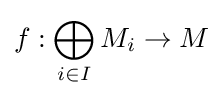
f:\bigoplus _{i\in I}M_{i}\rightarrow M